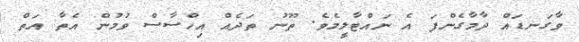
ވާގަނޑައް ދާމާގެންފަ އެ ނައްޓާލީމެވެ. ތޫނު ތަދެއް އިހްސާސް ވުމުން އެތާ އަތް